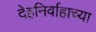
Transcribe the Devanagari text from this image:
देहनिर्वाहाच्या